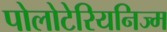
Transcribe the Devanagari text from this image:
पोलोटेरियनिज्म